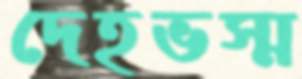
দেহভস্ম